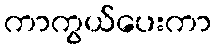
ကာကွယ်ပေးကာ